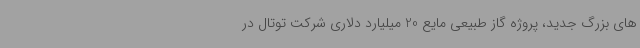
های بزرگ جدید، پروژه گاز طبیعی مایع 20 میلیارد دلاری شرکت توتال در